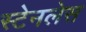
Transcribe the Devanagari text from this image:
स्‍टेनलेस